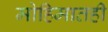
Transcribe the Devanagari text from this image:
मोहिमातही